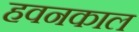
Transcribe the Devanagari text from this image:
हवनकाल